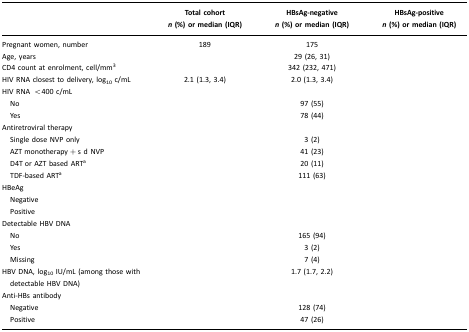
<table><thead><tr><td>[EMPTY_CELL]</td><td><b>Total cohort<i>n</i>(%) or median (IQR)</b></td><td><b>HBsAg-negative<i>n</i>(%) or median (IQR)</b></td><td><b>HBsAg-positive<i>n</i>(%) or median (IQR)</b></td></tr></thead><tbody><tr><td>Pregnant women, number</td><td>189</td><td>175</td><td>[EMPTY_CELL]</td></tr><tr><td>Age, years</td><td>[EMPTY_CELL]</td><td>29 (26, 31)</td><td>[EMPTY_CELL]</td></tr><tr><td>CD4 count at enrolment, cell/mm<sup>3</sup></td><td>[EMPTY_CELL]</td><td>342 (232, 471)</td><td>[EMPTY_CELL]</td></tr><tr><td>HIV RNA closest to delivery, log<sub>10</sub> c/mL</td><td>2.1 (1.3, 3.4)</td><td>2.0 (1.3, 3.4)</td><td>[EMPTY_CELL]</td></tr><tr><td>HIV RNA &lt;400 c/mL</td><td>[EMPTY_CELL]</td><td>[EMPTY_CELL]</td><td>[EMPTY_CELL]</td></tr><tr><td> No</td><td>[EMPTY_CELL]</td><td>97 (55)</td><td>[EMPTY_CELL]</td></tr><tr><td> Yes</td><td>[EMPTY_CELL]</td><td>78 (44)</td><td>[EMPTY_CELL]</td></tr><tr><td>Antiretroviral therapy</td><td>[EMPTY_CELL]</td><td>[EMPTY_CELL]</td><td>[EMPTY_CELL]</td></tr><tr><td> Single dose NVP only</td><td>[EMPTY_CELL]</td><td>3 (2)</td><td>[EMPTY_CELL]</td></tr><tr><td> AZT monotherapy + s d NVP</td><td>[EMPTY_CELL]</td><td>41 (23)</td><td>[EMPTY_CELL]</td></tr><tr><td> D4T or AZT based ARTa</td><td>[EMPTY_CELL]</td><td>20 (11)</td><td>[EMPTY_CELL]</td></tr><tr><td> TDF-based ARTa</td><td>[EMPTY_CELL]</td><td>111 (63)</td><td>[EMPTY_CELL]</td></tr><tr><td>HBeAg</td><td>[EMPTY_CELL]</td><td>[EMPTY_CELL]</td><td>[EMPTY_CELL]</td></tr><tr><td> Negative</td><td>[EMPTY_CELL]</td><td>[EMPTY_CELL]</td><td>[EMPTY_CELL]</td></tr><tr><td> Positive</td><td>[EMPTY_CELL]</td><td>[EMPTY_CELL]</td><td>[EMPTY_CELL]</td></tr><tr><td>Detectable HBV DNA</td><td>[EMPTY_CELL]</td><td>[EMPTY_CELL]</td><td>[EMPTY_CELL]</td></tr><tr><td> No</td><td>[EMPTY_CELL]</td><td>165 (94)</td><td>[EMPTY_CELL]</td></tr><tr><td> Yes</td><td>[EMPTY_CELL]</td><td>3 (2)</td><td>[EMPTY_CELL]</td></tr><tr><td> Missing</td><td>[EMPTY_CELL]</td><td>7 (4)</td><td>[EMPTY_CELL]</td></tr><tr><td>HBV DNA, log<sub>10</sub> IU/mL (among those with detectable HBV DNA)</td><td>[EMPTY_CELL]</td><td>1.7 (1.7, 2.2)</td><td>[EMPTY_CELL]</td></tr><tr><td>Anti-HBs antibody</td><td>[EMPTY_CELL]</td><td>[EMPTY_CELL]</td><td>[EMPTY_CELL]</td></tr><tr><td> Negative</td><td>[EMPTY_CELL]</td><td>128 (74)</td><td>[EMPTY_CELL]</td></tr><tr><td> Positive</td><td>[EMPTY_CELL]</td><td>47 (26)</td><td>[EMPTY_CELL]</td></tr></tbody></table>